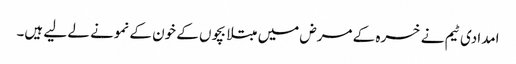
امدادی ٹیم نے خسرہ کے مرض میں مبتلا بچوں کے خون کے نمونے لے لیے ہیں۔